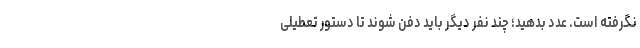
نگرفته است. عدد بدهید؛ چند نفر دیگر باید دفن شوند تا دستور تعطیلی